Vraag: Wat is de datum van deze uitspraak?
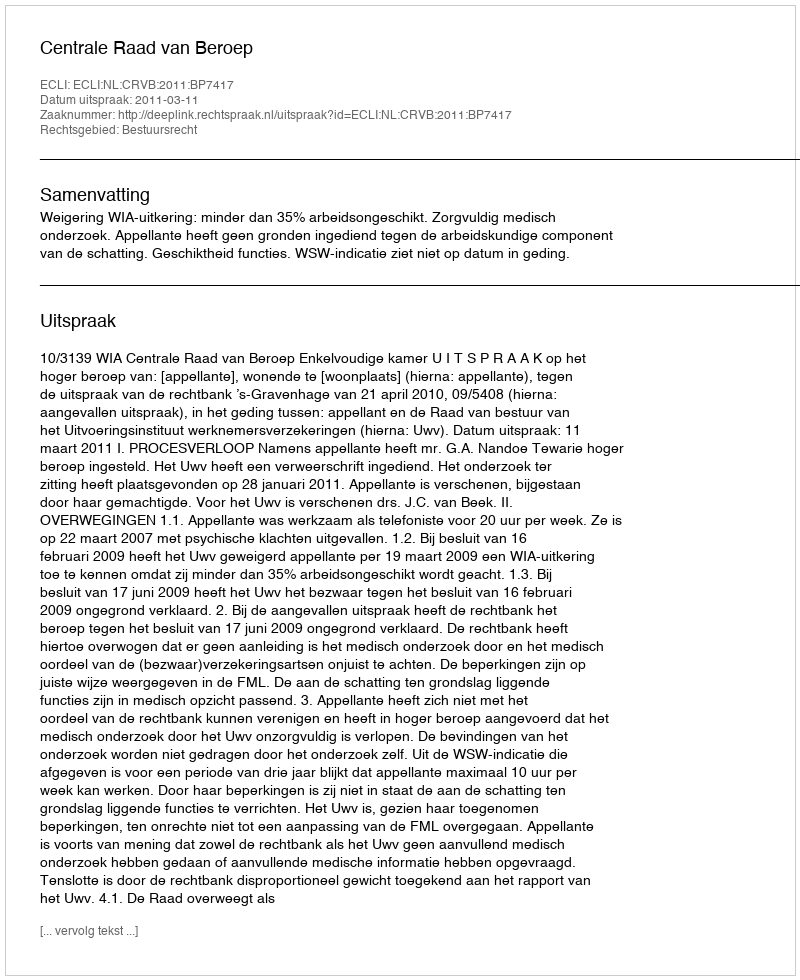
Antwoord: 2011-03-11